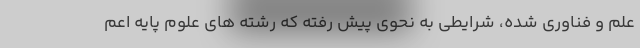
علم و فناوری شده، شرایطی به نحوی پیش رفته که رشته های علوم پایه اعم